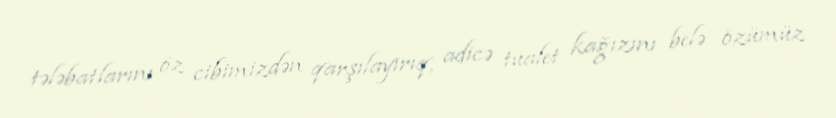
tələbatlarını öz cibimizdən qarşılayırıq, adicə tualet kağızını belə özümüz